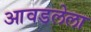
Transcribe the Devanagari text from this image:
आवडलेला